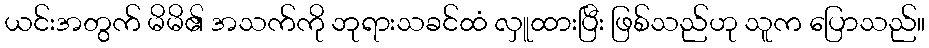
ယင်းအတွက် မိမိ၏ အသက်ကို ဘုရားသခင်ထံ လှူထားပြီး ဖြစ်သည်ဟု သူက ပြောသည်။